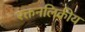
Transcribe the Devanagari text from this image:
रक्तनलिकीय